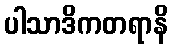
ပါသာဒိကတရာနိ